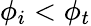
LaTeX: \phi_{i}<\phi_{t}